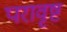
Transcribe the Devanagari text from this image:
परावृष्ट